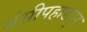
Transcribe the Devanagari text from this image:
बंसीपहाडपुर